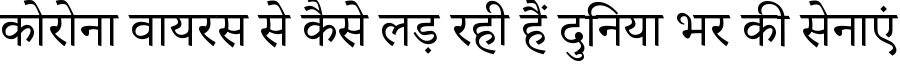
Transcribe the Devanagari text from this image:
कोरोना वायरस से कैसे लड़ रही हैं दुनिया भर की सेनाएं